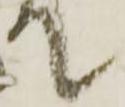
て